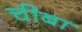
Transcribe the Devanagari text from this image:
चीबा